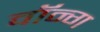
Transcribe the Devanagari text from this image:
वॉन्ग